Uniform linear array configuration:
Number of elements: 4
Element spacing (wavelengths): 0.5
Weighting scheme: cosine
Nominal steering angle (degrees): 60
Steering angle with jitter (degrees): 61.233
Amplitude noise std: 0.05
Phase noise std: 0.05

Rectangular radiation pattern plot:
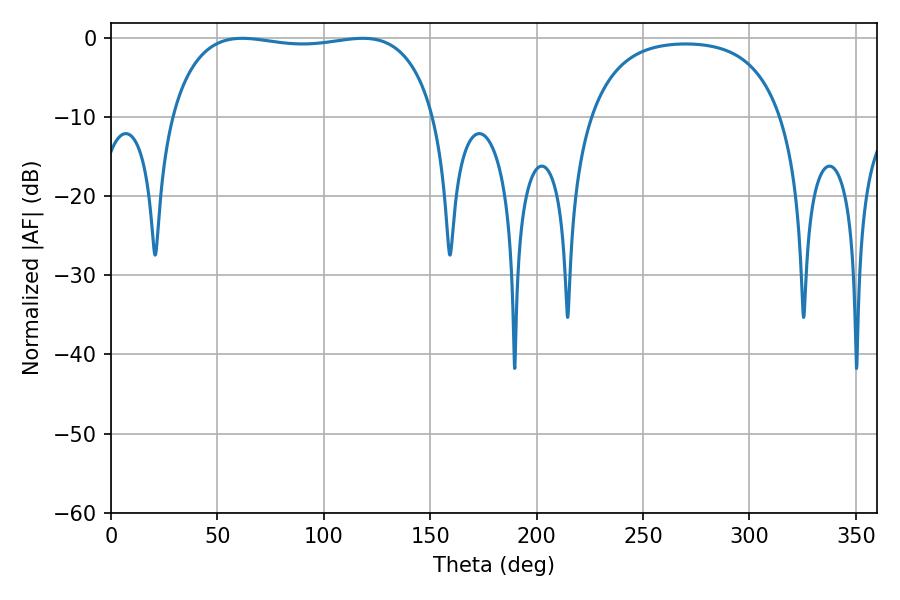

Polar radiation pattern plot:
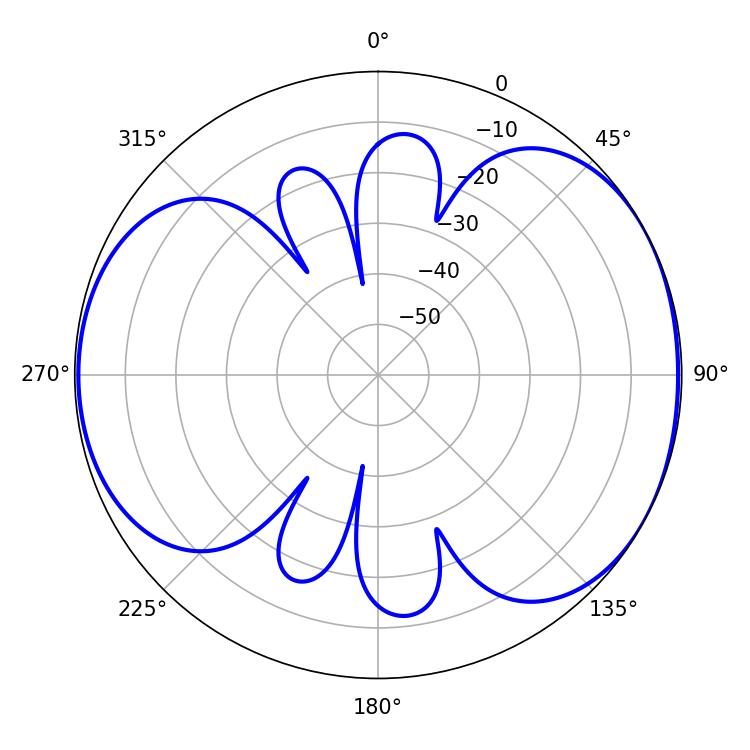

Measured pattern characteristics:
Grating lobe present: FALSE
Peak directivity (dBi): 5.326
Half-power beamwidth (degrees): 100.08
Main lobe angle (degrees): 61.56